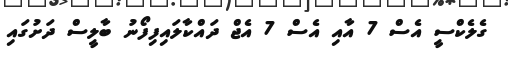
ގެލެކްސީ އެސް 7 އާއި އެސް 7 އެޖް ދައްކާލައިފިފޯނު ބާލީސް ދަށުގައި